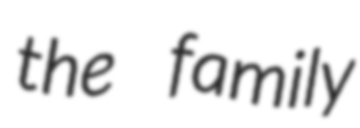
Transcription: the family